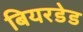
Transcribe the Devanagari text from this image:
बियरडेड